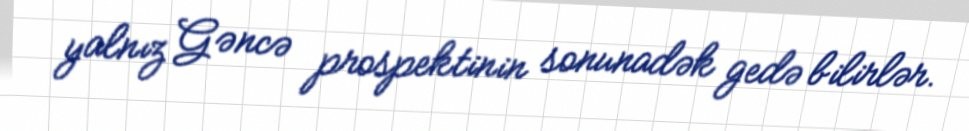
yalnız Gəncə prospektinin sonunadək gedə bilirlər.